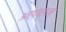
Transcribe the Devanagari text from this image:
अर्धार्धम्